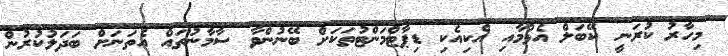
މިހާރު ކުރަނީ ކޭބަލް އެޅުމާއި އެކިއެކި ޑިޕާޓްމަންޓުތަކަށް ބޭނުންވާ ސާމާނުތައް އެތަނަށް ބަދަލުކުރުން